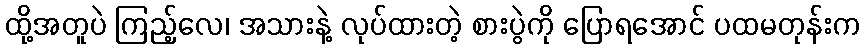
ထို့အတူပဲ ကြည့်လေ၊ အသားနဲ့ လုပ်ထားတဲ့ စားပွဲကို ပြောရအောင် ပထမတုန်းက